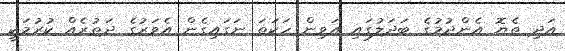
އަދި ތެޔޮ އެންދުމުގެ ބަދަލުގައި އަވިން ހަކަތަ ނަގައިގެން އެވަރުގެ ދަތުރެއް ކުރުމަކީ